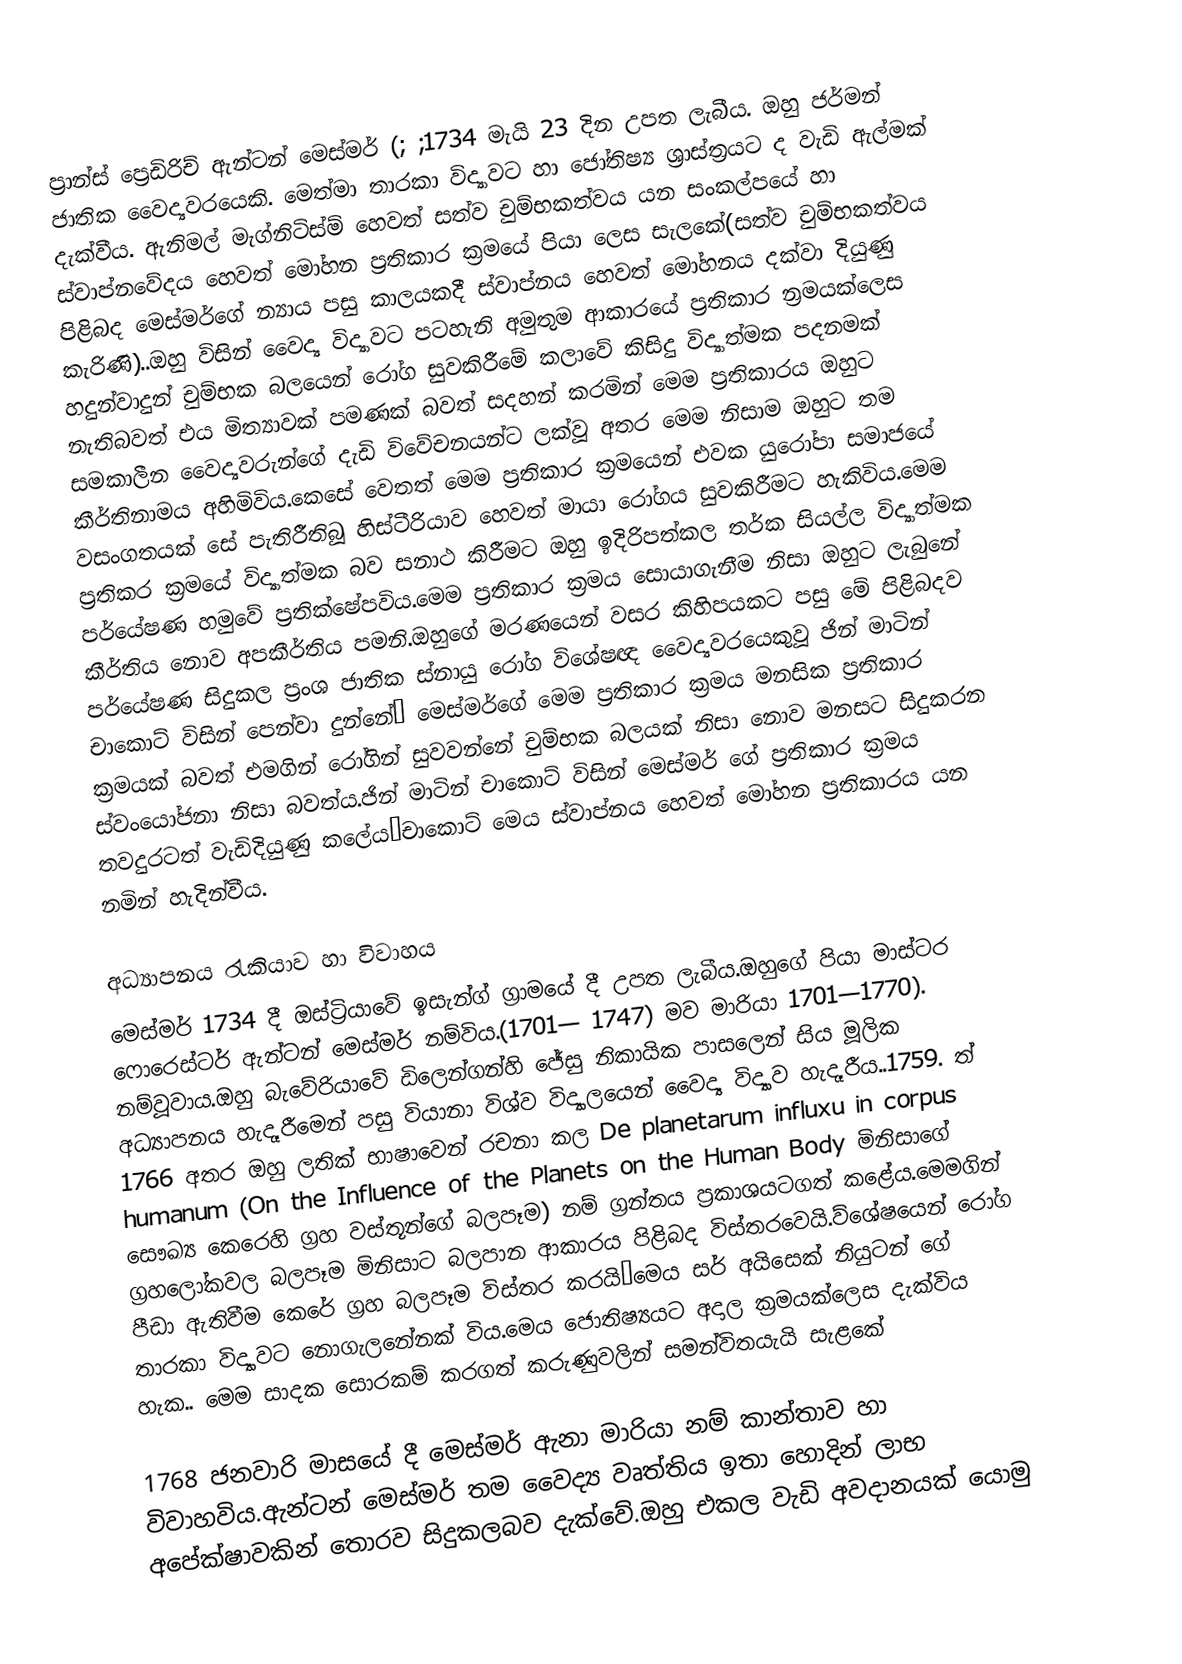
ප්‍රාන්ස් ප්‍රෙඩිරිච් ඇන්ටන් මෙස්මර්  (; ;1734 මැයි  23 දින උපත ලැබීය. ඔහු ජර්මන් ජාතික වෛද්‍යවරයෙකි. මෙත්මා තාරකා විද්‍යාවට හා ජෝතිෂ්‍ය ශ්‍රාස්ත්‍රයට ද වැඩි ඇල්මක් දැක්වීය. ඇනිමල් මැග්නිටිස්ම් හෙවත් සත්ව චුම්භකත්වය යන සංකල්පයේ හා ස්වාප්නවේදය හෙවත් මෝහන ප්‍රතිකාර ක්‍රමයේ පියා ලෙස සැලකේ(සත්ව චුම්භකත්වය පිළිබද මෙස්මර්ගේ න්‍යාය පසු කාලයකදී ස්වාප්නය හෙවත් මෝහනය දක්වා දියුණු කැරිණි)..ඔහු විසින් වෛද්‍ය විද්‍යාවට පටහැනි අමුතුම ආකාරයේ ප්‍රතිකාර න්‍රමයක්ලෙස හදුන්වාදුන් චුම්භක බලයෙන් රෝග සුවකිරීමේ කලාවේ කිසිදු විද්‍යාත්මක පදනමක් නැතිබවත් එය මිත්‍යාවක් පමණක් බවත් සදහන් කරමින් මෙම ප්‍රතිකාරය ඔහුට සමකාලීන වෛද්‍යවරුන්ගේ දැඩි විවේචනයන්ට ලක්වූ අතර මෙම නිසාම ඔහුට තම කීර්තිනාමය අහිමිවිය.කෙසේ වෙතත් මෙම ප්‍රතිකාර ක්‍රමයෙන් එවක යුරෝපා සමාජයේ වසංගතයක් සේ පැතිරීතිබූ හිස්ටීරියාව හෙවත් මායා රෝගය සුවකිරීමට හැකිවිය.මෙම ප්‍රතිකර ක්‍රමයේ විද්‍යාත්මක බව සනාථ කිරීමට ඔහු ඉදිරිපත්කල තර්ක සියල්ල විද්‍යාත්මක පර්යේෂණ හමුවේ ප්‍රතික්ෂේපවිය.මෙම ප්‍රතිකාර ක්‍රමය සොයාගැනීම නිසා ඔහුට ලැබුනේ කීර්තිය නොව අපකීර්තිය පමනි.ඔහුගේ මරණයෙන් වසර කිහිපයකට පසු මේ පිළිබදව පර්යේෂණ සිදුකල ප්‍රංශ ජාතික ස්නායු රෝග විශේෂඥ වෛද්‍යවරයෙකුවූ ජින් මාටින් චාකොට් විසින් පෙන්වා දුන්නේˑ මෙස්මර්ගේ මෙම ප්‍රතිකාර ක්‍රමය මනසික ප්‍රතිකාර ක්‍රමයක් බවත්  එමගින් රෝගින් සුවවන්නේ චුම්භක බලයක් නිසා නොව මනසට සිදුකරන ස්වංයෝජනා නිසා බවත්ය.ජින් මාටින් චාකොට් විසින් මෙස්මර් ගේ ප්‍රතිකාර ක්‍රමය තවදුරටත් වැඩිදියුණු කලේයˑචාකොට් මෙය ස්වාප්නය හෙවත් මෝහන ප්‍රතිකාරය යන නමින් හැදින්වීය.

අධ්‍යාපනය රැකියාව හා විවාහය
මෙස්මර් 1734 දී ඔස්ට්‍රියාවේ ඉසැන්ග් ග්‍රාමයේ දී උපත ලැබීය.ඔහුගේ පියා මාස්ටර ෆොරෙස්ටර් ඇන්ටන් මෙස්මර් නම්විය.(1701— 1747) මව මාරියා  1701—1770). නම්වූවාය.ඔහු බැවේරියාවේ ඩිලෙන්ගන්හි ජේසු නිකායික පාසලෙන් සිය මූලික අධ්‍යාපනය හැදෑරීමෙන් පසු වියානා විශ්ව විද්‍යාලයෙන් වෛද්‍ය විද්‍යාව හැදෑරීය..1759. ත් 1766 අතර ඔහු  ලතික් භාෂාවෙන් රචනා කල  De planetarum influxu in corpus humanum (On the Influence of the Planets on the Human Body මිනිසාගේ සෞඛ්‍ය කෙරෙහි ග්‍රහ වස්තූන්ගේ බලපෑම)  නම් ග්‍රන්තය ප්‍රකාශයටගත් කළේය.මෙමගින් ග්‍රහලෝකවල බලපෑම මිනිසාට බලපාන ආකාරය පිළිබද විස්තරවෙයි.ව්ශේෂයෙන් රෝග පීඩා ඇතිවීම කෙරේ ග්‍රහ බලපෑම විස්තර කරයිˑමෙය සර් අයිසෙක් නියුටන් ගේ තාරකා විද්‍යාවට නොගැලනේනක් විය.මෙය ජොතිෂ්‍යයට අදාල ක්‍රමයක්ලෙස දැක්විය හැක.. මෙම සාදක සොරකම් කරගත් කරුණුවලින් සමන්විතයැයි සැළකේ

1768 ජනවාරි මාසයේ දී මෙස්මර් ඇනා මාරියා නම් කාන්තාව හා විවාහවිය.ඇන්ටන් මෙස්මර් තම වෛද්‍ය වෘත්තිය ඉතා හොදින් ලාභ අපේක්ෂාවකින් තොරව සිදුකලබව දැක්වේ.ඔහු එකල වැඩි අවදානයක් යොමු